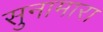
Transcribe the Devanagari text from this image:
सुनामारा